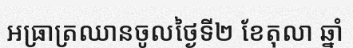
អធ្រាត្រឈានចូលថ្ងៃទី២ ខែតុលា ឆ្នាំ